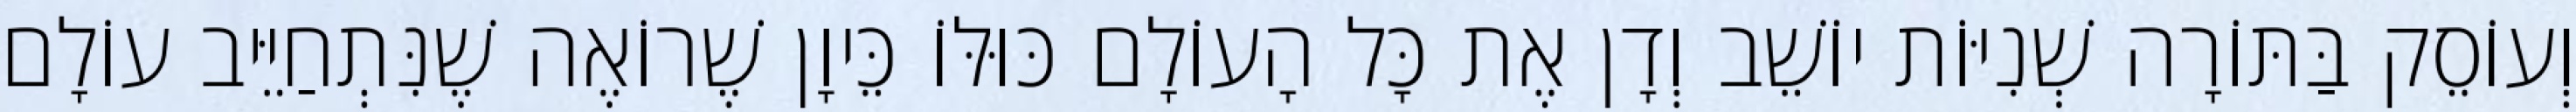
וְעוֹסֵק בַּתּוֹרָה שְׁנִיּוֹת יוֹשֵׁב וְדָן אֶת כָּל הָעוֹלָם כּוּלּוֹ כֵּיוָן שֶׁרוֹאֶה שֶׁנִּתְחַיֵּיב עוֹלָם